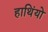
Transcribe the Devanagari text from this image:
हाथिंयो